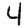
Digit: 4